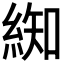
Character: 𮈚